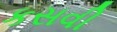
કસવી